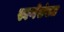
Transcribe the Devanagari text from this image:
स्वर्णसंख्या